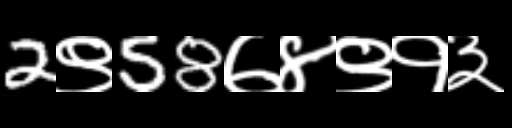
Text: 2९58७४९१३